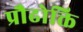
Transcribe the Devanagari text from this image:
प्रौढोक्ति